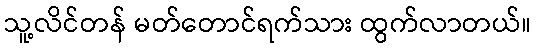
သူ့လိင်တန် မတ်တောင်ရက်သား ထွက်လာတယ်။